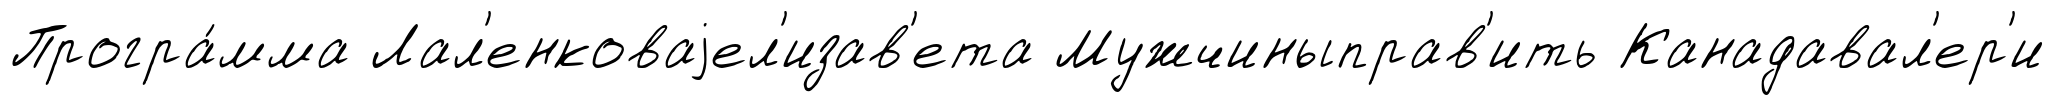
Програ́мма Лал'енковаjел'изав'ета Мужчиныправ'ить Канадавал'ер'и